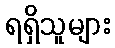
ရရှိသူများ